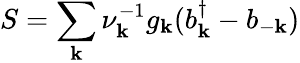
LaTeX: S=\sum_{\mathbf{k}}\nu_{\mathbf{k}}^{-1}g_{\mathbf{k}}(b_{\mathbf{k}}^{\dagger}-b_{-\mathbf{k}})